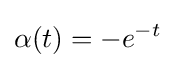
\alpha (t)=-e^{-t}